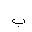
Letter: _ba